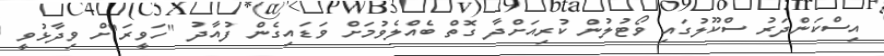
އިސްކަންދަރު ސްކޫލުގައި ވޯޓުލުން ކުރިއަށްދާ ގޮތް ބެއްލެވުމަށް ވަޑައިގެން ފުއާދު "ހަވީރަ"ށް ވިދާޅުވީ